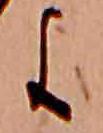
よ